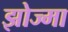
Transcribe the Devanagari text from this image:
झोज्मा